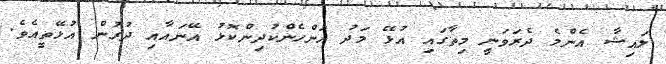
ލައިޝާ އެންމެ ދެރަވަނީ މިތާގައި އުޅޭ މަދު އަންހެންކުދިންކޮޅު އޭނައާއި ދުރުން އުޅޭތީއެވެ.